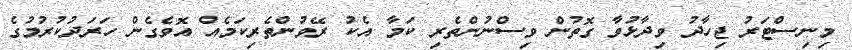
މިނިސްޓަރު ޖިހާދު ވިދާޅުވާ ގޮތުން ވިސްނުންތެރި ކަމާ އެކު ރޭވުންތެރިކަމެއް އޮވެގެން ހަރަދުކުރުމުގެ